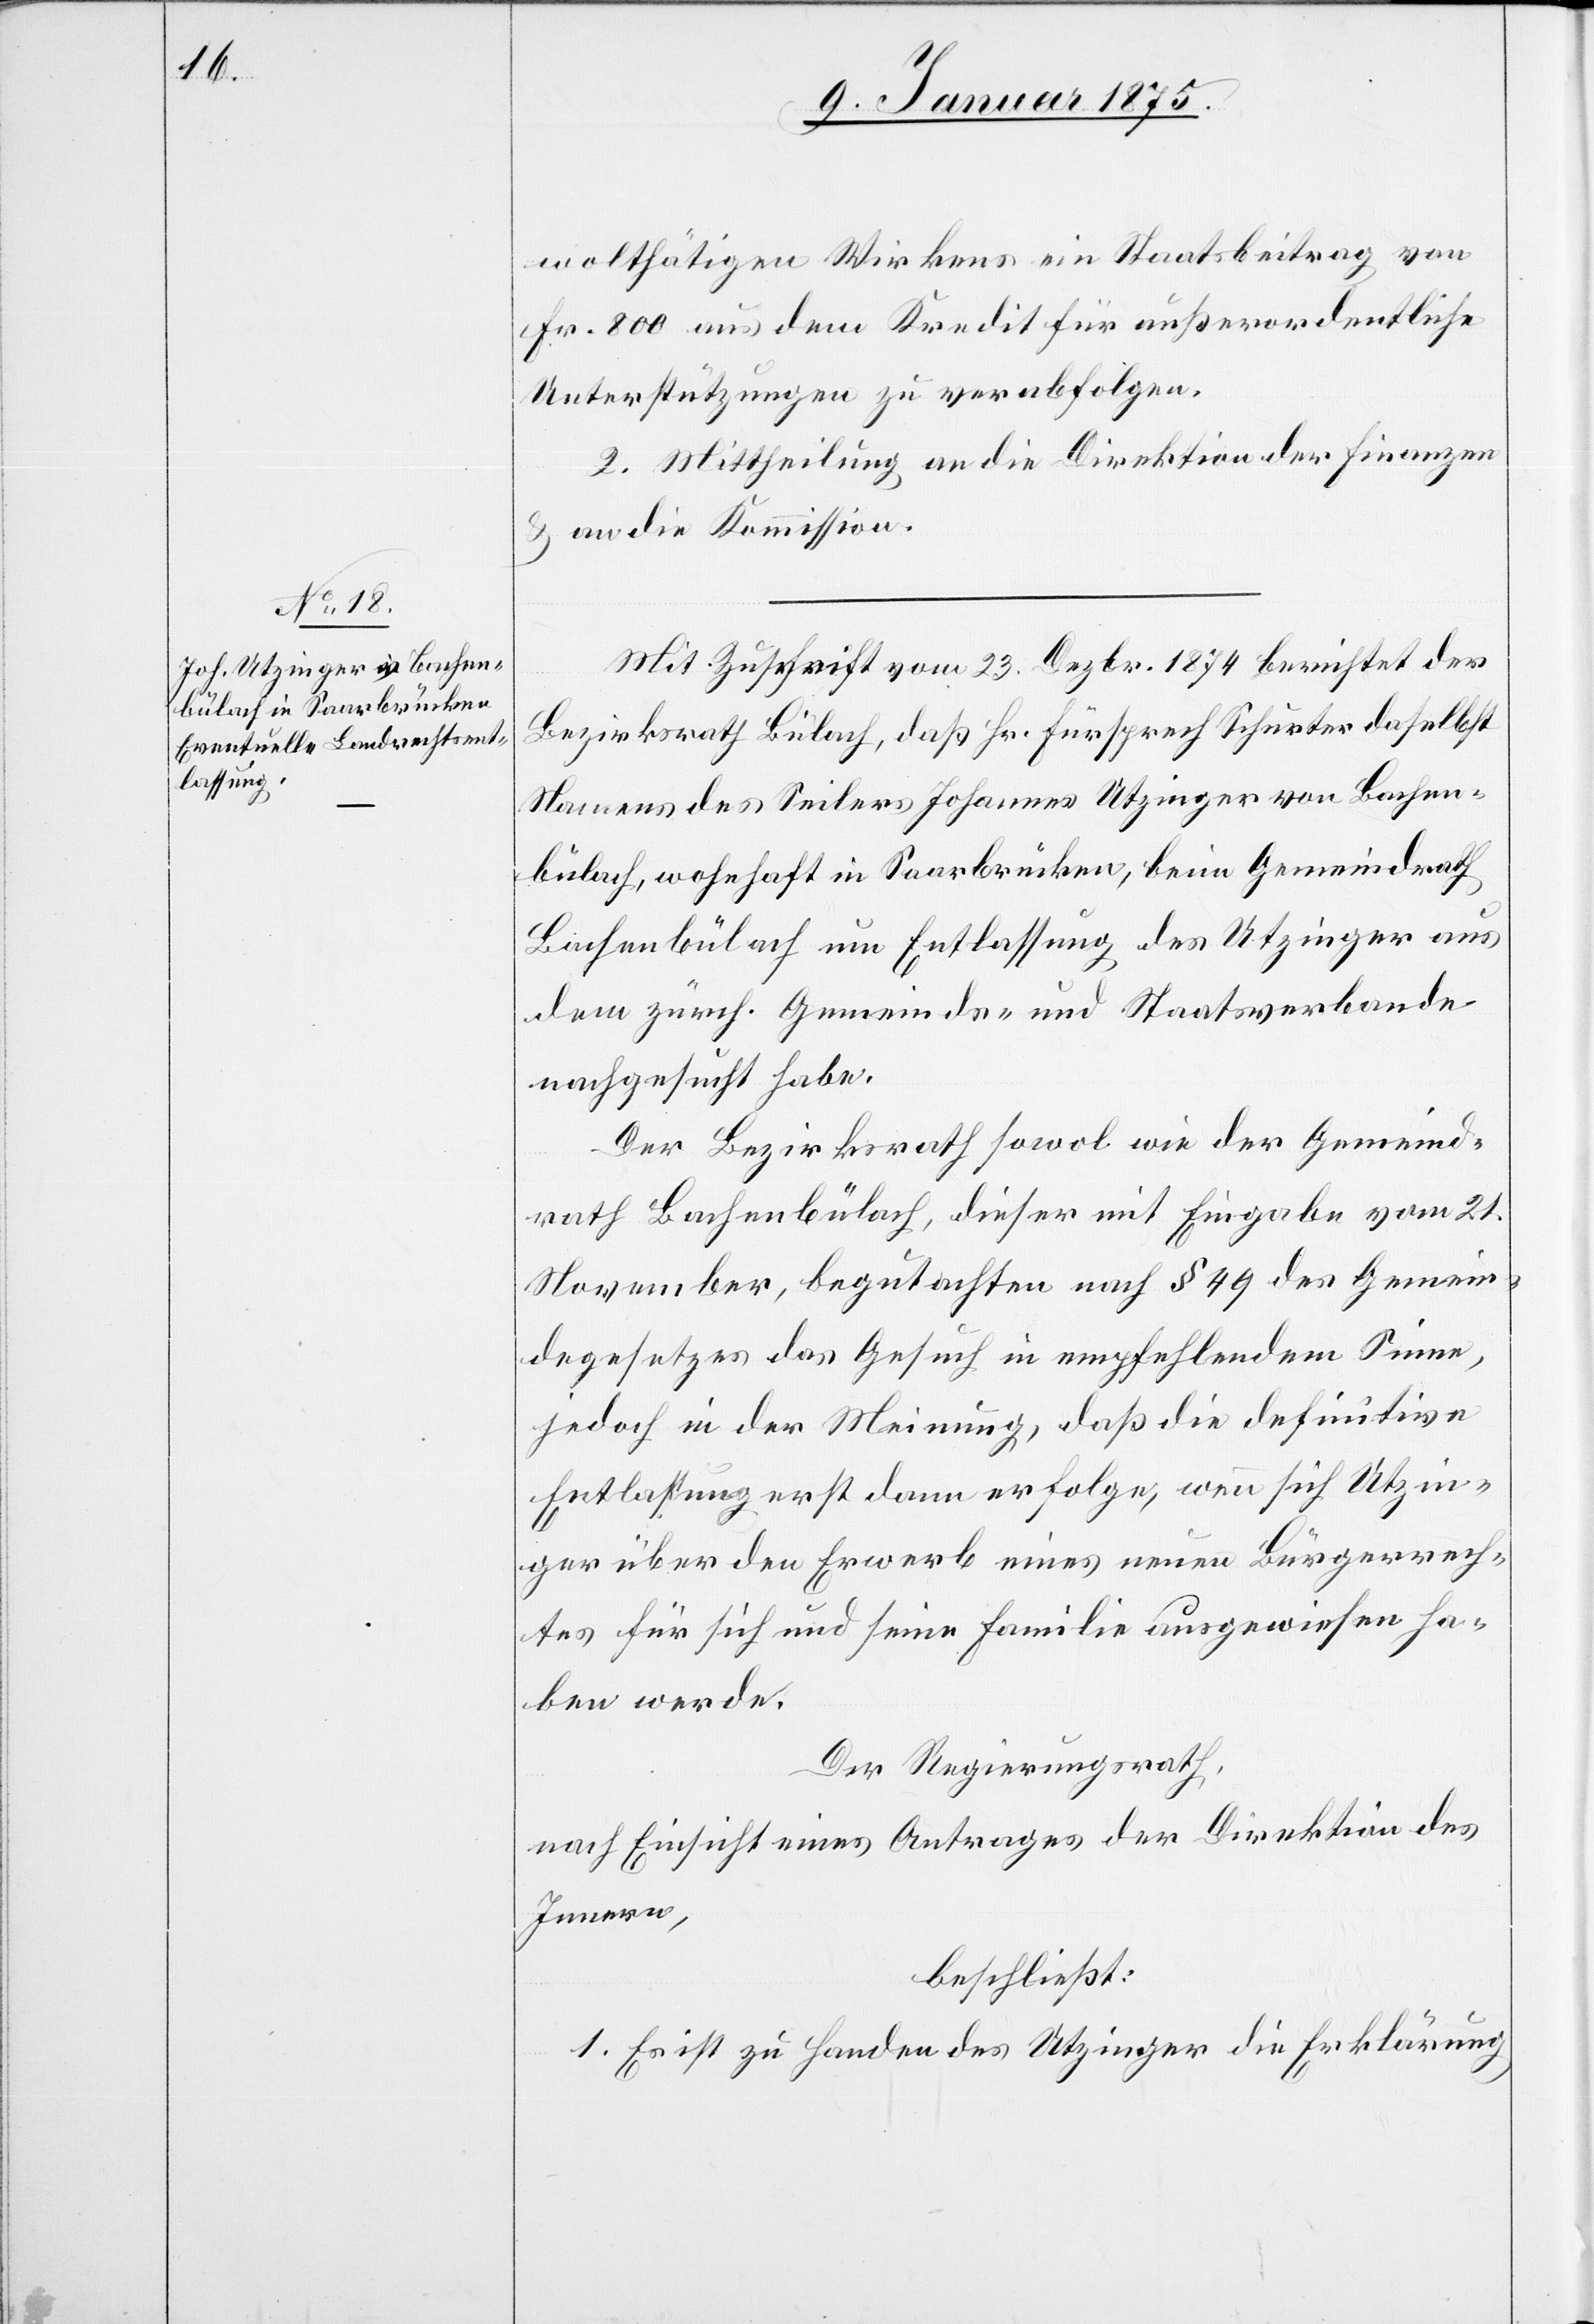
wohlthätigen Wirkens ein Staatsbeitrag von
Fr. 800 aus dem Kredit für außerordentliche
Unterstützungen zu verabfolgen.
2. Mittheilung an die Direktion der Finanzen
& an die Kommission.
Mit Zuschrift vom 23. Dezbr. 1874 berichtet der
Bezirksrath Bülach, daß Hr. Fürsprech Schurter daselbst
Namens des Seilers Johannes Utzinger von Bachen¬
bülach, wohnhaft in Saarbrücken, beim Gemeindrath
Bachenbülach um Entlassung des Utzinger aus
dem zürch. Gemeinds- und Staatsverbande
nachgesucht habe.
Der Bezirksrath sowol wie der Gemeind¬
rath Bachenbülach, dieser mit Eingabe vom 21.
November, begutachten nach § 49 des Gemein¬
degesetzes das Gesuch in empfehlendem Sinne,
jedoch in der Meinung, daß die definitive
Entlaßung erst dann erfolge, wenn sich Utzin¬
ger über den Erwerb eines neuen Bürgerrech¬
tes für sich und seine Familie ausgewiesen ha¬
ben werde.
Der Regierungsrath,
nach Einsicht eines Antrages der Direktion des
Innern,
beschließt:
1. Es ist zu Handen des Utzinger die Erklärung